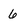
Character: 6